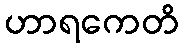
ဟာရကေတိ